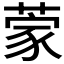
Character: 𮐃